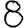
Digit: 8